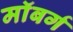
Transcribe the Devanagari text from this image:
माॅबर्ग